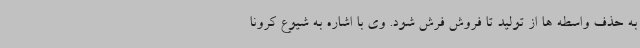
به حذف واسطه ها از تولید تا فروش فرش شود. وی با اشاره به شیوع کرونا